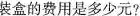
装盒的费用是多少元?